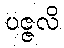
ပဇ္ဇလိ